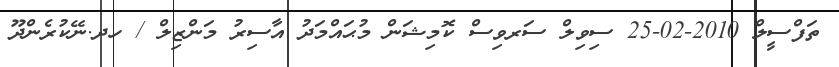
ތަފްސީލް 2010-02-25 ސިވިލް ސަރވިސް ކޮމިޝަން މުޙައްމަދު އާސިރު މަންޒިލް / ހދ.ނޭކުރެންދޫ